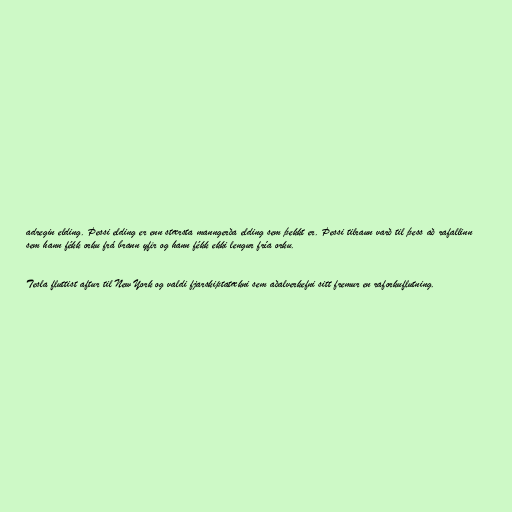
adregin elding. Þessi elding er enn stærsta manngerða elding sem þekkt er. Þessi tilraun varð til þess að rafallinn
sem hann fékk orku frá brann yfir og hann fékk ekki lengur fría orku.

Tesla fluttist aftur til New York og valdi fjarskiptatækni sem aðalverkefni sitt fremur en raforkuflutning.